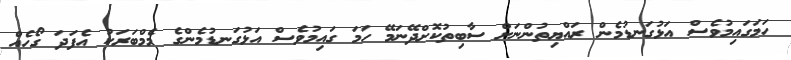
ހަމަގައިމުވެސް އަޅުގަނޑުމެން ރައްޔިތުންނަށް ސާބިތުކޮށްދޭނަމޭ ހަމަ ގައިމުވެސް އަޅުގަނޑުމެންގެ މެމްބަރަކު އެފަދަ ގޯހެއް